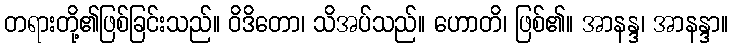
တရားတို့၏ဖြစ်ခြင်းသည်။ ဝိဒိတော၊ သိအပ်သည်။ ဟောတိ၊ ဖြစ်၏။ အာနန္ဒ၊ အာနန္ဒာ။